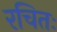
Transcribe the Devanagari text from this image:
रचितः